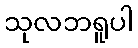
သုလဘရူပါ